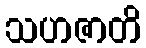
သဟဇာတိ